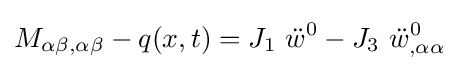
M_{\alpha \beta ,\alpha \beta }-q(x,t)=J_{1}~{\ddot {w}}^{0}-J_{3}~{\ddot {w}}_{,\alpha \alpha }^{0}